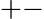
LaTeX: +-